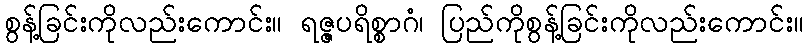
စွန့်ခြင်းကိုလည်းကောင်း။ ရဇ္ဇပရိစ္စာဂံ၊ ပြည်ကိုစွန့်ခြင်းကိုလည်းကောင်း။